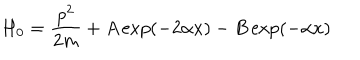
LaTeX: H _ { 0 } = \frac { p ^ { 2 } } { 2 m } + A \exp ( - 2 \alpha x ) - B \exp ( - \alpha x )